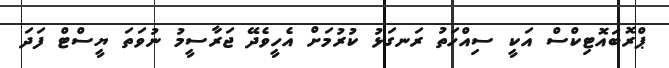
ޕްރޮބައޮޓިކްސް އަކީ ސިއްހަތު ރަނގަޅު ކުރުމަށް އެހީވެދޭ ޖަރާސީމު ނުވަތަ ޔީސްޓް ފަދަ